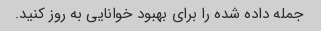
جمله داده شده را برای بهبود خوانایی به روز کنید.